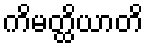
ကိမတ္ထိယာတိ